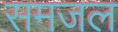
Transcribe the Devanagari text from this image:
समजल